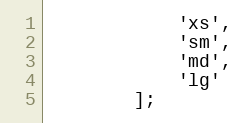
Language: PHP
            'xs',
            'sm',
            'md',
            'lg'
        ];